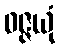
ဝဇ္ဇယုံ